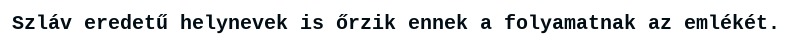
Szláv eredetű helynevek is őrzik ennek a folyamatnak az emlékét.